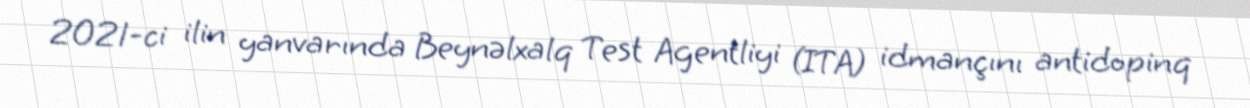
2021-ci ilin yanvarında Beynəlxalq Test Agentliyi (ITA) idmançını antidopinq